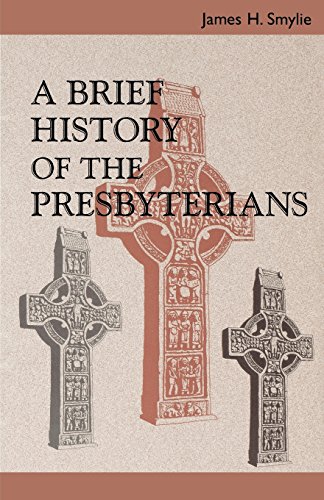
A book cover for A Brief History of the Presbyterians; James H. Smylie; Christian Books & Bibles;